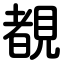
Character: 覩